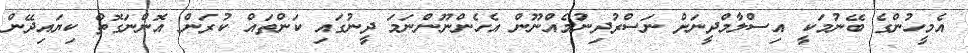
އެމީހުންގެ ބޭނުމަކީ އިސްލާމްދީނަށް ނަސްރުދިނުމެއްނޫން އެހެންނޫންނަމަ ދީނުގައި ކަންތައް ކުރަން އޮންނަގޮތް ކިޔައިދޭން